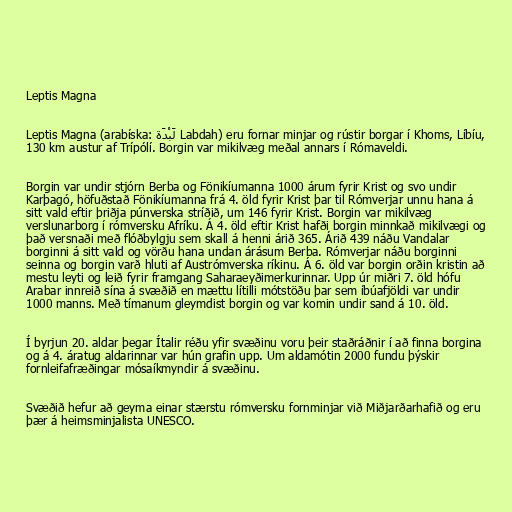
Leptis Magna

Leptis Magna (arabíska: لَبْدَة‎‎ Labdah) eru fornar minjar og rústir borgar í Khoms, Líbíu,
130 km austur af Trípólí. Borgin var mikilvæg meðal annars í Rómaveldi.

Borgin var undir stjórn Berba og Fönikíumanna 1000 árum fyrir Krist og svo undir
Karþagó, höfuðstað Fönikíumanna frá 4. öld fyrir Krist þar til Rómverjar unnu hana á
sitt vald eftir þriðja púnverska stríðið, um 146 fyrir Krist. Borgin var mikilvæg
verslunarborg í rómversku Afríku. Á 4. öld eftir Krist hafði borgin minnkað mikilvægi og
það versnaði með flóðbylgju sem skall á henni árið 365. Árið 439 náðu Vandalar
borginni á sitt vald og vörðu hana undan árásum Berba. Rómverjar náðu borginni
seinna og borgin varð hluti af Austrómverska ríkinu. Á 6. öld var borgin orðin kristin að
mestu leyti og leið fyrir framgang Saharaeyðimerkurinnar. Upp úr miðri 7. öld hófu
Arabar innreið sína á svæðið en mættu lítilli mótstöðu þar sem íbúafjöldi var undir
1000 manns. Með tímanum gleymdist borgin og var komin undir sand á 10. öld.

Í byrjun 20. aldar þegar Ítalir réðu yfir svæðinu voru þeir staðráðnir í að finna borgina
og á 4. áratug aldarinnar var hún grafin upp. Um aldamótin 2000 fundu þýskir
fornleifafræðingar mósaíkmyndir á svæðinu.

Svæðið hefur að geyma einar stærstu rómversku fornminjar við Miðjarðarhafið og eru
þær á heimsminjalista UNESCO.